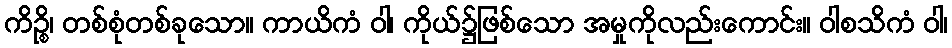
ကိဉ္စိ၊ တစ်စုံတစ်ခုသော။ ကာယိကံ ဝါ၊ ကိုယ်၌ဖြစ်သော အမှုကိုလည်းကောင်း။ ဝါစသိကံ ဝါ၊